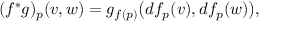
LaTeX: ( f ^ { \ast } g ) _ { p } ( v , w ) = g _ { f ( p ) } { \big ( } d f _ { p } ( v ) , d f _ { p } ( w ) { \big ) } ,